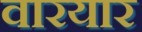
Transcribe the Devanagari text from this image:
वारयार